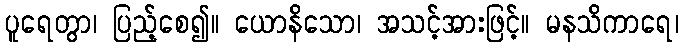
ပူရေတွာ၊ ပြည့်စေ၍။ ယောနိသော၊ အသင့်အားဖြင့်။ မနသိကာရေ၊